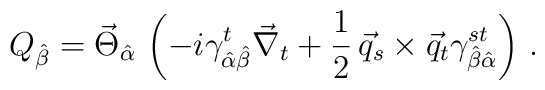
Q_{\hat{\beta}}= \vec{\Theta}_{\hat {\alpha}} \, \left( -i \gamma^t_{\hat{\alpha}\hat{\beta}} \vec{\nabla}_t + \frac{1}{2} \,  \vec{q}_s \times \vec{q}_t \gamma^{st}_{\hat{\beta}\hat{\alpha}} \right) \, .